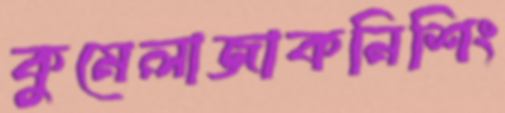
কুমেলাজাকনিশিং